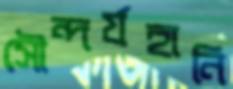
সৌন্দর্যহানি